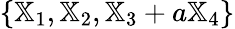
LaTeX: \{ {\mathbb X}_{1},{\mathbb X}_{2},{\mathbb X}_{3}+a{\mathbb X}_{4}\}